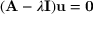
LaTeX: ( \mathbf { A } - \lambda \mathbf { I } ) \mathbf { u } = \mathbf { 0 }